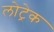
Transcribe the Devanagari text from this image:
लोट्रेक